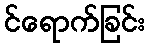
င်ရောက်ခြင်း